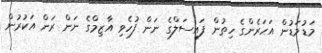
މަޑުމަޑުން އަހަރެންގެ ހިތުން ފައިސަލްގެ ނަން ފުހެވި އާޒިމްގެ ނަން ރަން އަކުރުން